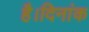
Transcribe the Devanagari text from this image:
है।दिनांक